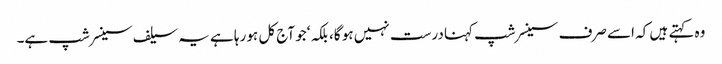
وہ کہتے ہیں کہ اسے صرف سینسرشپ کہنا درست نہیں ہو گا، بلکہ ‘جو آج کل ہو رہا ہے یہ سیلف سینسر شپ ہے۔